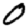
Digit: 0